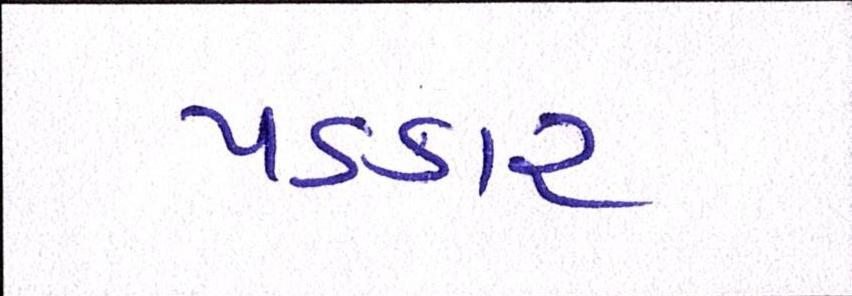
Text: પડકાર